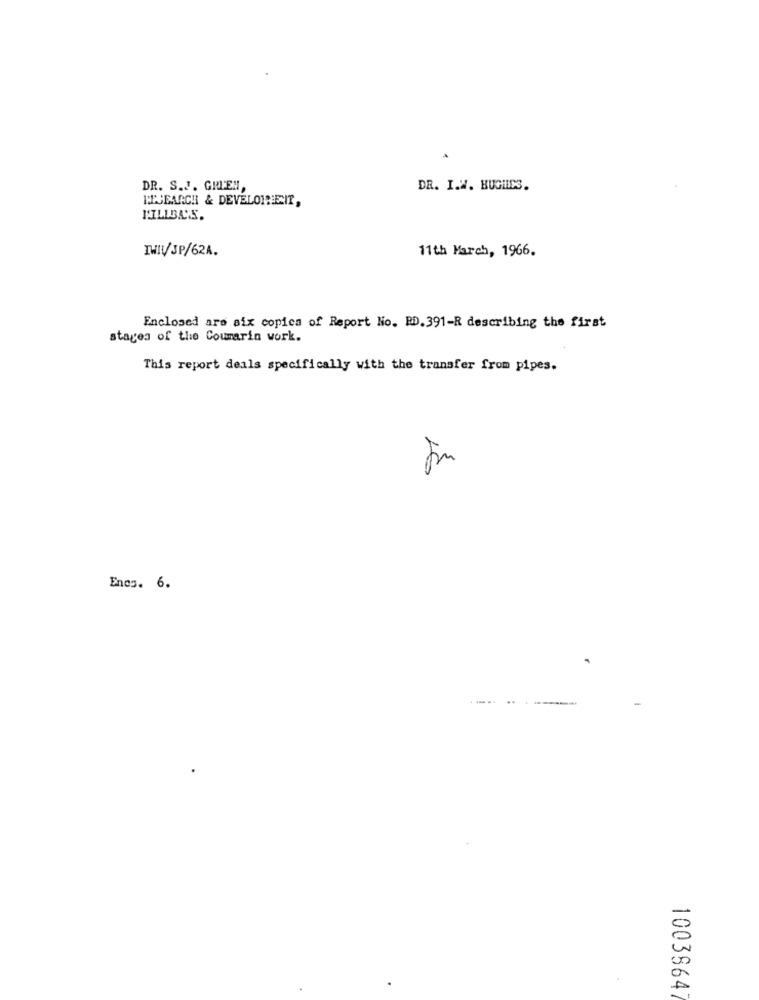
.
DR. S.J. GRIEN,
DR. I.W. HUGHES.
RESEARCH & DEVELOPEEIT,
IHIV/JP/62A.
11th March, 1966.
Enclosed are aix copics of Report No. RD. 391-R describing the first
stages of the Coumarin work.
This report deals specifically with the transfer from pipes.
16
Encs. 6.
.-..
1003864